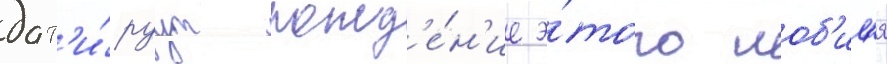
дат'и́руут рожд'е́н'ие э́того ноб'ил'я